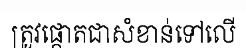
ត្រូវផ្តោតជាសំខាន់ទៅលើ